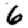
Digit: 6